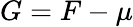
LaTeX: G=F-\mu